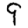
Digit: 9